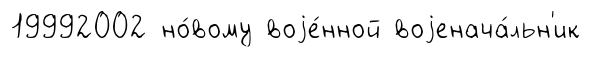
19992002 но́вому воjе́нной воjенача́льн'ик